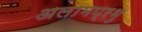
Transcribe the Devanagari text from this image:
अलामप्रभु